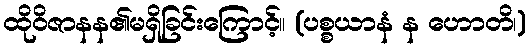
ထိုဝိဇာနန၏မရှိခြင်းကြောင့်။ (ပစ္စယာနံ န ဟောတိ၊)